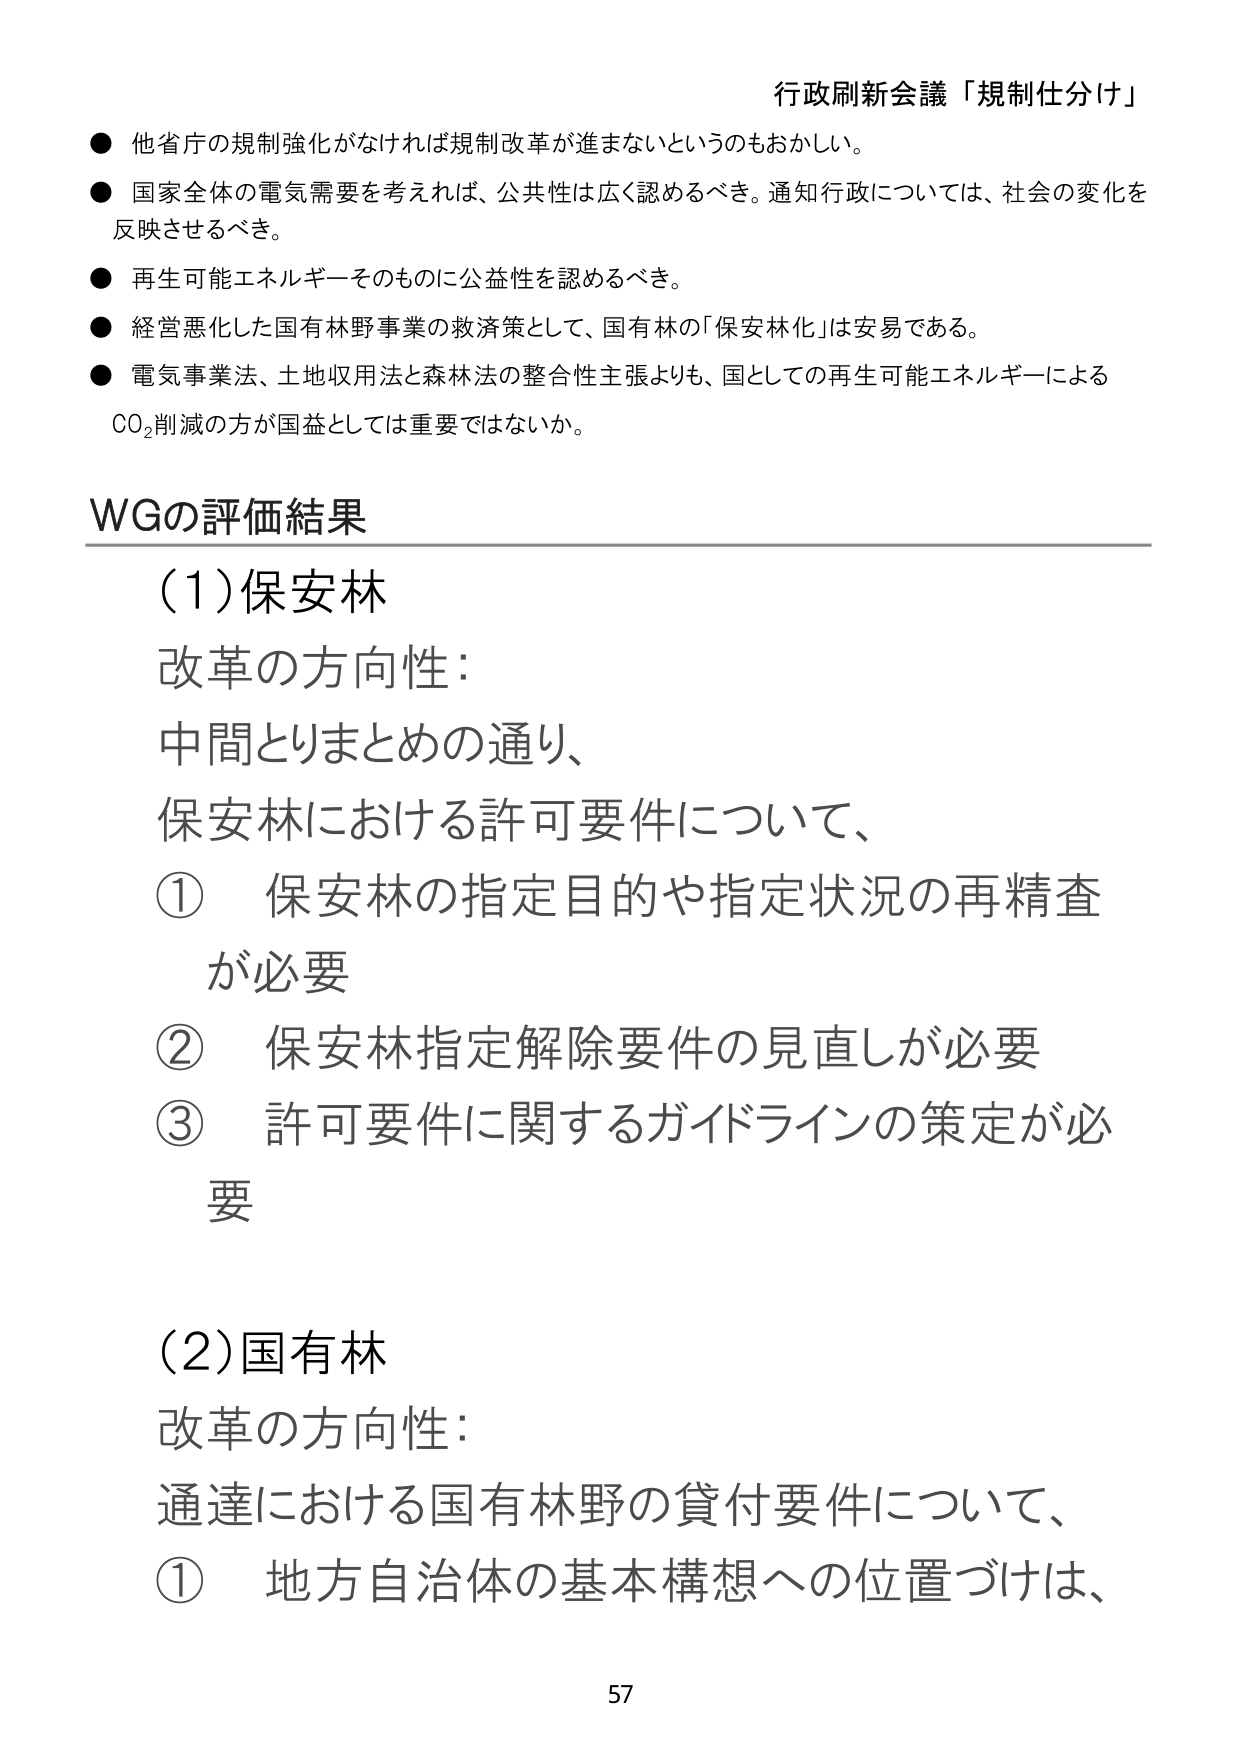
行政刷新会議「規制仕分け」

● 他省庁の規制強化がなければ規制改革が進まないというのもおかしい。
● 国家全体の電気需要を考えれば、公共性は広く認めるべき。通知行政については、社会の変化を反映させるべき。
● 再生可能エネルギーそのものに公益性を認めるべき。
● 経営悪化した国有林野事業の救済策として、国有林の「保安林化」は安易である。
● 電気事業法、土地収用法と森林法の整合性主張よりも、国としての再生可能エネルギーによるCO₂削減の方が国益としては重要ではないか。

WGの評価結果

(1)保安林
改革の方向性：
中間とりまとめの通り、
保安林における許可要件について、
① 保安林の指定目的や指定状況の再精査が必要
② 保安林指定解除要件の見直しが必要
③ 許可要件に関するガイドラインの策定が必要

(2)国有林
改革の方向性：
通達における国有林野の貸付要件について、
① 地方自治体の基本構想への位置づけは、

57